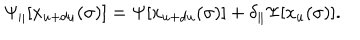
\Psi _ { \parallel } [ x _ { u + d u } ( \sigma ) ] = \Psi [ x _ { u + d u } ( \sigma ) ] + \delta _ { \parallel } \Psi [ x _ { u } ( \sigma ) ] .